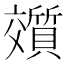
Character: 𬽟